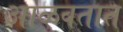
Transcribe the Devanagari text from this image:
आळवतात